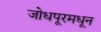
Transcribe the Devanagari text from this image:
जोधपूरमधून